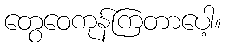
တွေဝေကုန်ကြတာပေါ့။